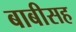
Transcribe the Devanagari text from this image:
बाबीसह